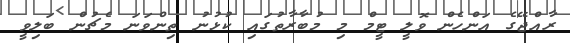
ރާއްޖޭގެ އަންހެން ވޮލީ ޓީމް މި މުބާރާތުގައި ކުޅުނު ތިންވަނަ މެޗުން ބަލިވީ